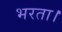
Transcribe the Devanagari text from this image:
भरता।